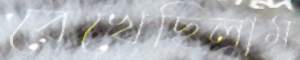
রেখেছিলাম